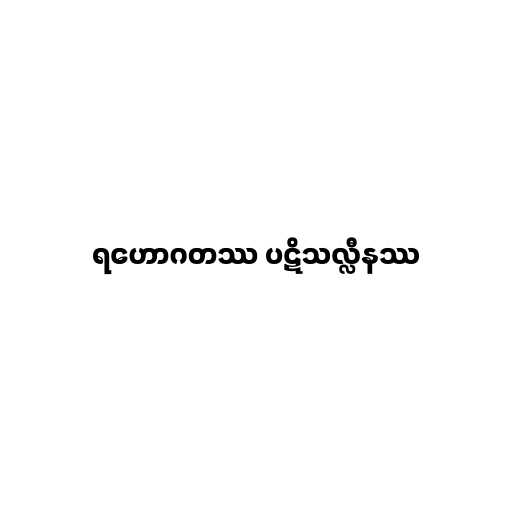
ရဟောဂတဿ ပဋိသလ္လီနဿ